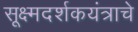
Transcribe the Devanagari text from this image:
सूक्ष्मदर्शकयंत्राचे